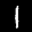
Label: 1